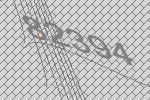
82394